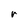
Character: r